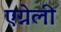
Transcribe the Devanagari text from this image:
एग्नेली